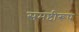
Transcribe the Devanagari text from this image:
समष्टीरूप